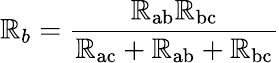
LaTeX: \mathbb{R}_{b}={\frac{{\mathbb{R}_{\mathrm{{ab}}}\mathbb{R}_{\mathrm{{bc}}}}}{{\mathbb{R}_{\mathrm{{ac}}}+\mathbb{R}_{\mathrm{{ab}}}+\mathbb{R}_{\mathrm{{bc}}}}}}